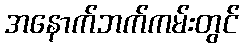
အနောက်ဘက်ကမ်းတွင်